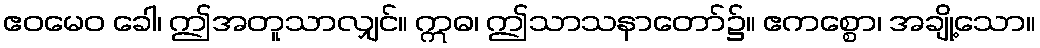
ဧဝမေဝ ခေါ၊ ဤအတူသာလျှင်။ ဣဓ၊ ဤသာသနာတော်၌။ ဧကစ္စော၊ အချို့သော။